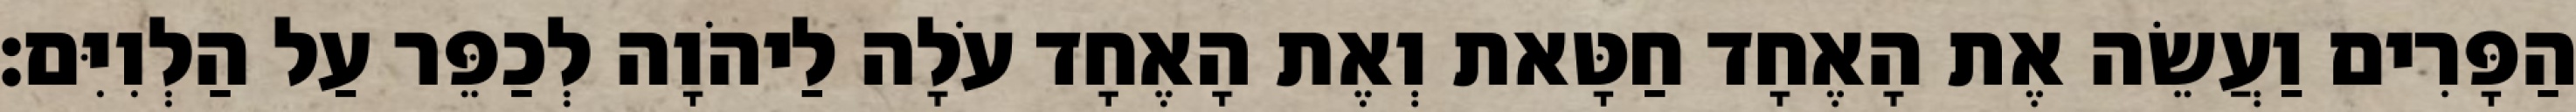
הַפָּרִים וַעֲשֵׂה אֶת הָאֶחָד חַטָּאת וְאֶת הָאֶחָד עֹלָה לַיהֹוָה לְכַפֵּר עַל הַלְוִיִּם׃